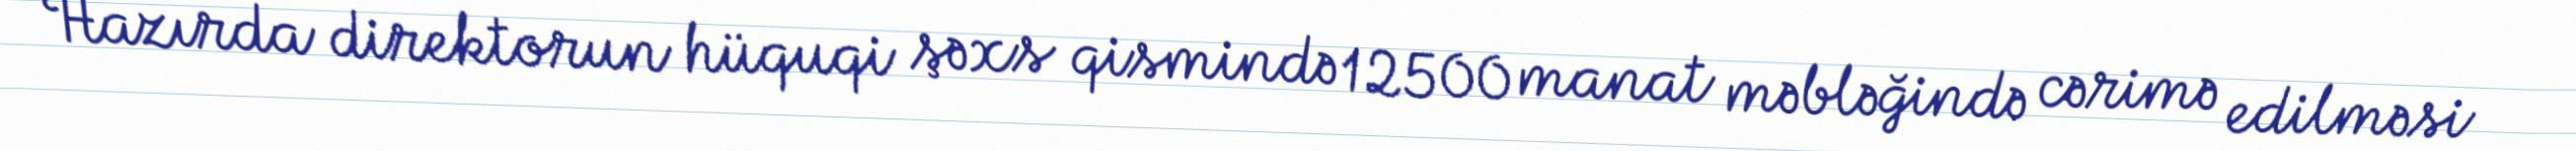
Hazırda direktorun hüquqi şəxs qismində 12500 manat məbləğində cərimə edilməsi